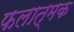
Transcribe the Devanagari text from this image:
फलात्मक